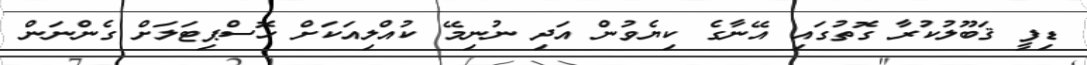
ޑިފީ ޤަބޫލުކުރާ ގޮތުގައި އޭނާގެ ކިޔެވުން އަދި ނުނިމޭ ކުއްލިއަކަށް ހޮސްޕިޓަލަށް ގެންނަން